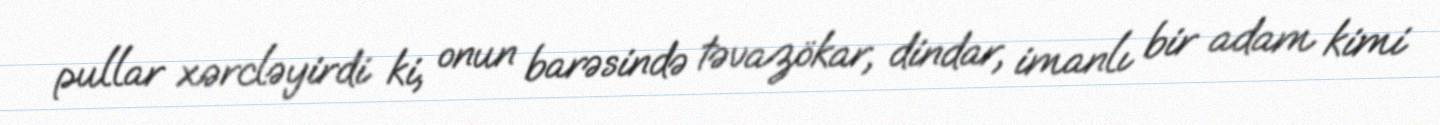
pullar xərcləyirdi ki, onun barəsində təvazökar, dindar, imanlı bir adam kimi